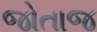
જોતાજ